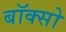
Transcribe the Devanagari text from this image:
बॉक्सो